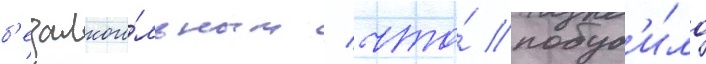
б'езалкого́льным / что́ побуд'и́ло